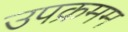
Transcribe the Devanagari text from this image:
उपक्रमम